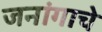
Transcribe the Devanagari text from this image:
जनांगाचे